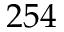
2 5 4